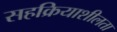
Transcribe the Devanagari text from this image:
सहक्रियाशीलता